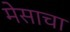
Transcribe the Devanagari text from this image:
मेसाचा